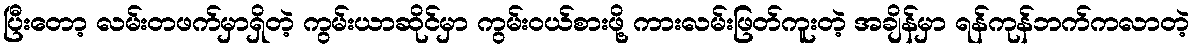
ပြီးတော့ လမ်းတဖက်မှာရှိတဲ့ ကွမ်းယာဆိုင်မှာ ကွမ်းဝယ်စားဖို့ ကားလမ်းဖြတ်ကူးတဲ့ အချိန်မှာ ရန်ကုန်ဘက်ကလာတဲ့